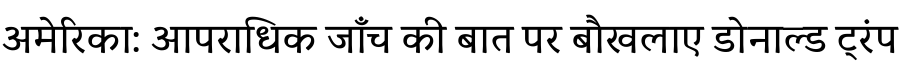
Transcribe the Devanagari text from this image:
अमेरिका: आपराधिक जाँच की बात पर बौखलाए डोनाल्ड ट्रंप